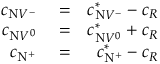
\begin{array} { r l r } { c _ { \mathrm { N } V ^ { - } } } & { { } = } & { c _ { \mathrm { N } V ^ { - } } ^ { * } - c _ { R } } \\ { c _ { \mathrm { N } V ^ { 0 } } } & { { } = } & { c _ { \mathrm { N } V ^ { 0 } } ^ { * } + c _ { R } } \\ { c _ { \mathrm { N } ^ { + } } } & { { } = } & { c _ { \mathrm { N } ^ { + } } ^ { * } - c _ { R } } \end{array}